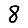
Digit: 8